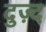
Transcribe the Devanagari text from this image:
दुज़्द